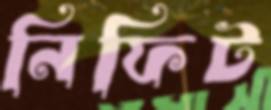
নিফিট